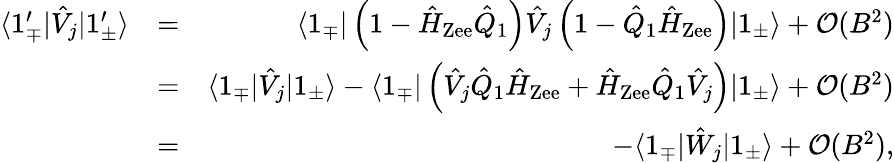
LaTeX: \begin{array}{rlr}{\langle 1_{\mp}^{\prime}|\hat{V}_{j}|1_{\pm}^{\prime}\rangle}&{=}&{\langle 1_{\mp}|\left(1-\hat{H}_{\mathrm{Zee}}\hat{Q}_{1}\right)\hat{V}_{j}\left(1-\hat{Q}_{1}\hat{H}_{\mathrm{Zee}}\right)|1_{\pm}\rangle+\mathcal{O}(B^{2})}\\ &{=}&{\langle 1_{\mp}|\hat{V}_{j}|1_{\pm}\rangle-\langle 1_{\mp}|\left(\hat{V}_{j}\hat{Q}_{1}\hat{H}_{\mathrm{Zee}}+\hat{H}_{\mathrm{Zee}}\hat{Q}_{1}\hat{V}_{j}\right)|1_{\pm}\rangle+\mathcal{O}(B^{2})}\\ &{=}&{-\langle 1_{\mp}|{\hat{W}_{j}}|1_{\pm}\rangle+\mathcal{O}(B^{2}),}\end{array}